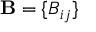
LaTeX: \mathbf { B } = \{ B _ { i j } \}